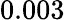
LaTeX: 0.003\